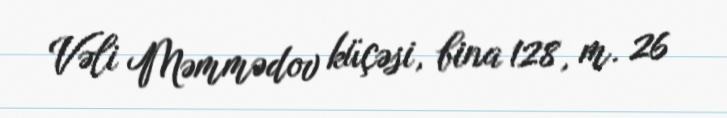
Vəli Məmmədov küçəsi, bina 128, m. 26